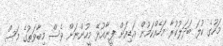
މަހުގެ ކުލަ ބަދަލުކުރާ މަހެއްކަމުން އަޑިއަށް ފީނާއުޅޭ މީހުންނަށް ވެސް މިބާވަތުގެ މަސް